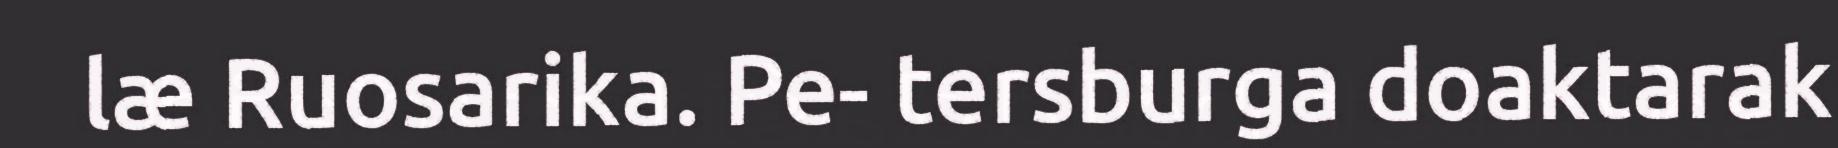
læ Ruosarika. Pe- tersburga doaktarak